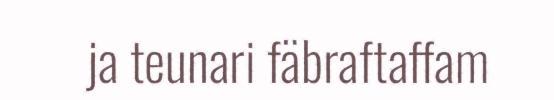
ja teunari fäbraftaffam